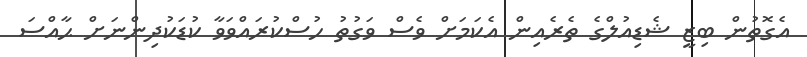
އެގޮތުން ބިޒީ ޝެޑިއުލްގެ ތެރެއިން އެކަމަށް ވެސް ވަގުތު ހުސްކުރައްވަވާ ކުޑަކުދިންނަށް ޙާއްސަ